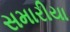
સમારીયા